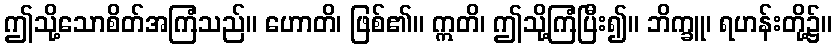
ဤသို့သောစိတ်အကြံသည်။ ဟောတိ၊ ဖြစ်၏။ ဣတိ၊ ဤသို့ကြံပြီး၍။ ဘိက္ခူ၊ ရဟန်းတို့၌။